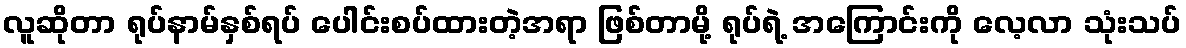
လူဆိုတာ ရုပ်နာမ်နှစ်ရပ် ပေါင်းစပ်ထားတဲ့အရာ ဖြစ်တာမို့ ရုပ်ရဲ့ အကြောင်းကို လေ့လာ သုံးသပ်